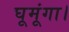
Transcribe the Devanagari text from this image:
घूमूंगा।